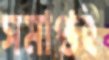
সমাপ্তই